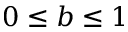
0 \le b \le 1